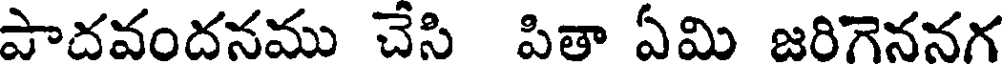
పాదవందనము చేసి పితా ఏమి జరిగెననగ